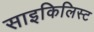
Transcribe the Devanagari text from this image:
साइकिलिस्ट